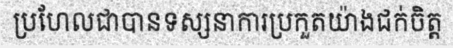
ប្រហែលជាបានទស្សនាការប្រកួតយ៉ាងជក់ចិត្ត